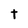
Character: t